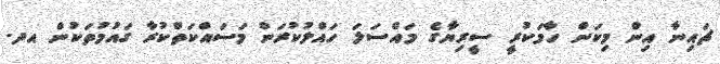
ޗައިނާ އިން މިކަން ހާމަކުރީ ސީރިޔާގެ މައްސަލަ ހައްލުކުރަން މަސައްކަތްކުރާ ގައުމުތަކުން އދ.